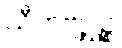
သီဟဗျဂ္ဃဉ္စ